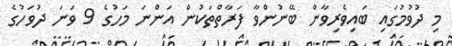
މި ދުވުމުގައި ބައިވެރިވާން ބޭނުންވާ ފަރާތްތަކުން އަންނަ މަހުގެ 9 ވަނަ ދުވަހުގެ